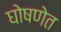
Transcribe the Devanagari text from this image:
घोषणेत